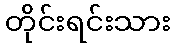
တိုင်းရင်းသား